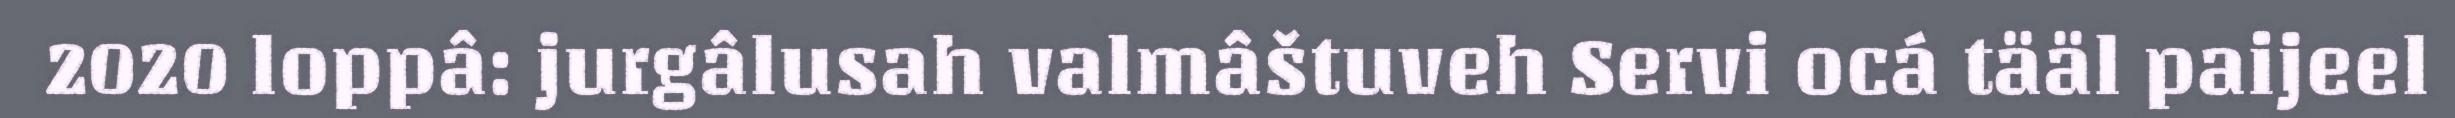
2020 loppâ: jurgâlusah valmâštuveh Servi ocá tääl paijeel